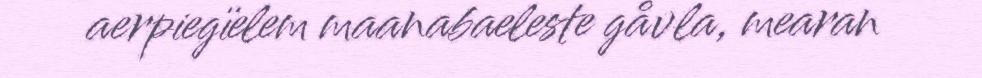
aerpiegïelem maanabaeleste gåvla, mearan